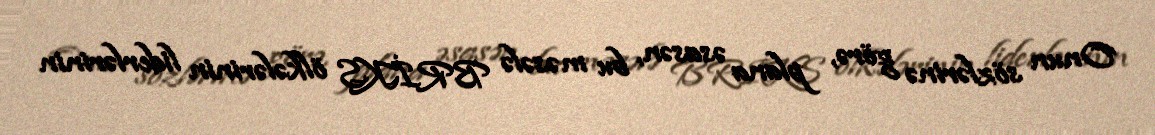
Onun sözlərinə görə, plana əsasən, bu məsələ BRİKS ölkələrinin liderlərinin